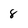
Character: 8